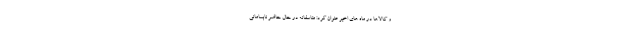
و کالاها در ماه های اخیر عنوان کرد: متاسفانه در حال حاضر نابسامانی